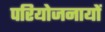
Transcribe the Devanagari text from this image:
परियोजनायों